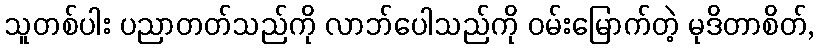
သူတစ်ပါး ပညာတတ်သည်ကို လာဘ်ပေါသည်ကို ဝမ်းမြောက်တဲ့ မုဒိတာစိတ်,